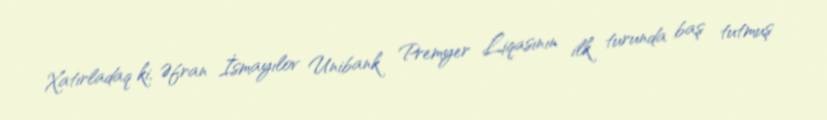
Xatırladaq ki, Əfran İsmayılov Unibank Premyer Liqasının ilk turunda baş tutmuş